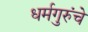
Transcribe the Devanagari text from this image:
धर्मगुरुंचे